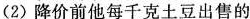
(2)降价前他每千克土豆出售的